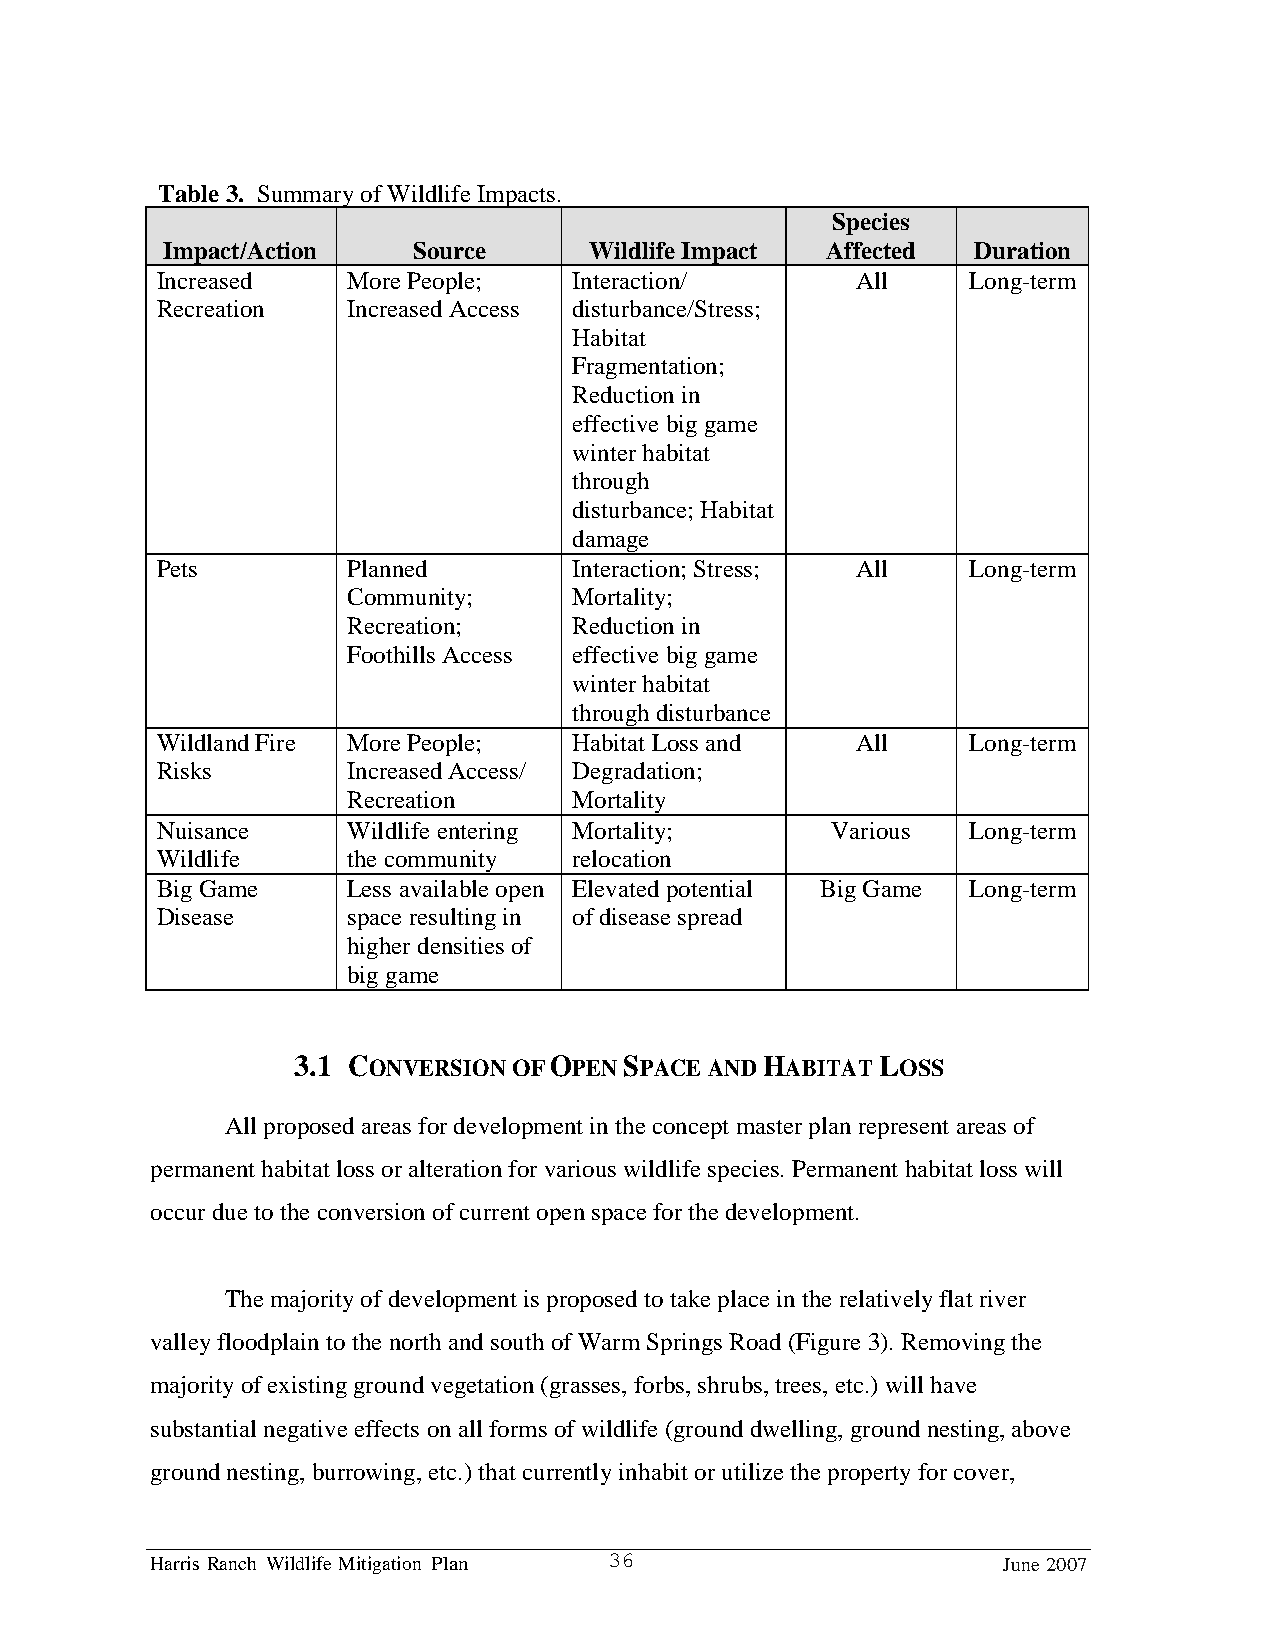
Table 3. Summary of Wildlife Impacts.
 Species
 Impact/Action   Source      Wildlife Impact Affected Duration
 Increased    More People;   Interaction/       All    Long-term
 Recreation   Increased Access disturbance/Stress;
 Habitat
 Fragmentation;
 Reduction in
 effective big game
 winter habitat
 through
 disturbance; Habitat
 damage
 Pets         Planned        Interaction; Stress; All  Long-term
 Community;     Mortality;
 Recreation;    Reduction in
 Foothills Access effective big game
 winter habitat
 through disturbance
 Wildland Fire More People;  Habitat Loss and   All    Long-term
 Risks        Increased Access/ Degradation;
 Recreation     Mortality
 Nuisance     Wildlife entering Mortality;    Various  Long-term
 Wildlife     the community  relocation
 Big Game     Less available open Elevated potential Big Game Long-term
 Disease      space resulting in of disease spread
 higher densities of
 big game
 3.1 CONVERSION OF OPEN SPACE AND HABITAT LOSS
 All proposed areas for development in the concept master plan represent areas of
 permanent habitat loss or alteration for various wildlife species. Permanent habitat loss will
 occur due to the conversion of current open space for the development.
 The majority of development is proposed to take place in the relatively flat river
 valley floodplain to the north and south of Warm Springs Road (Figure 3). Removing the
 majority of existing ground vegetation (grasses, forbs, shrubs, trees, etc.) will have
 substantial negative effects on all forms of wildlife (ground dwelling, ground nesting, above
 ground nesting, burrowing, etc.) that currently inhabit or utilize the property for cover,
 Harris Ranch Wildlife Mitigation Plan 36                June 2007